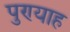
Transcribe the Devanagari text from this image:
पुण्याह